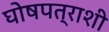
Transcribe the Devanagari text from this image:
घोषपत्राशी